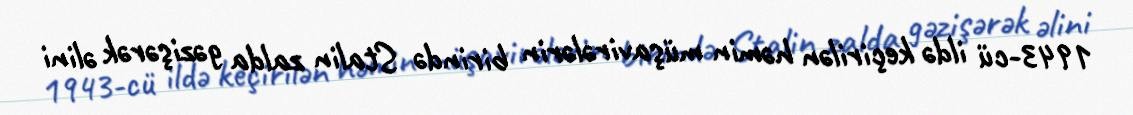
1943-cü ildə keçirilən həmin müşavirələrin birində Stalin zalda gəzişərək əlini